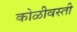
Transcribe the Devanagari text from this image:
कोळीवस्ती